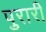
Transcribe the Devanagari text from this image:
पुरारी